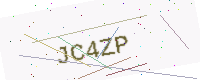
Text: JC4ZP